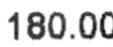
180.00